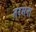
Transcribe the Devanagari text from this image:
तरसना